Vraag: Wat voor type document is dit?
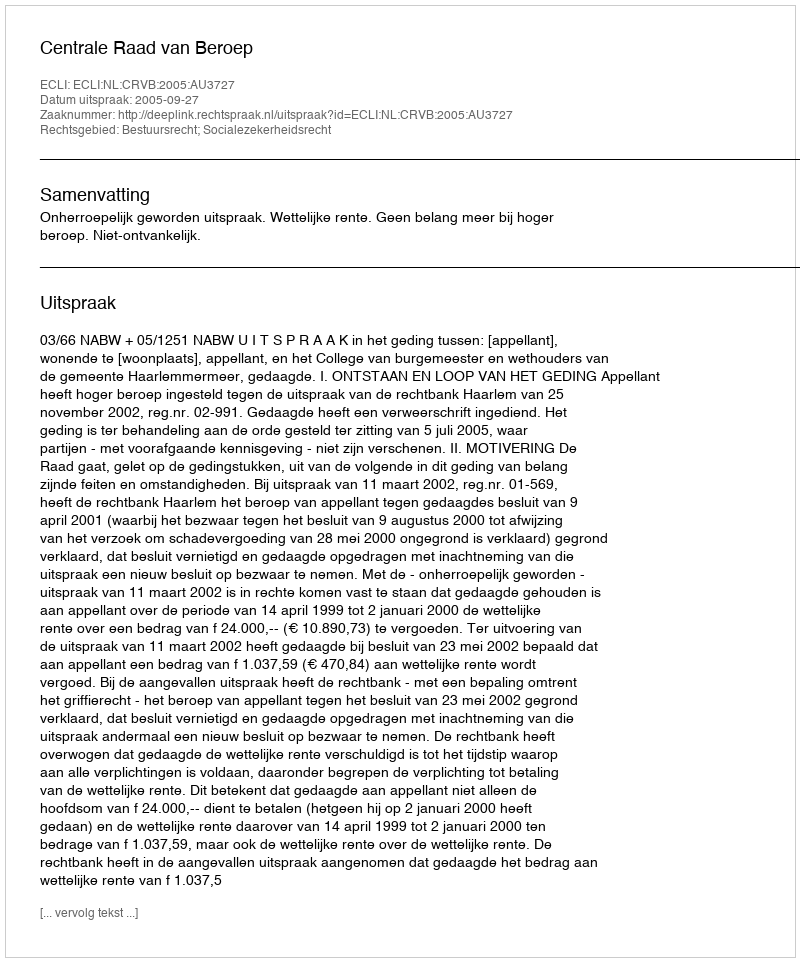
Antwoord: Uitspraak